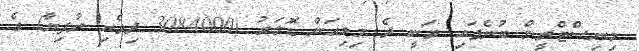
މިނިސްޓްރީން ބުނެފައި ވަނީ ދެ މިލިއަން ޑޮލަރު (3084000 ދިވެހި ރުފިޔާ) ގެ